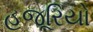
હજૂરિયો